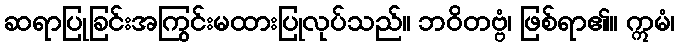
ဆရာပြုခြင်းအကြွင်းမထားပြုလုပ်သည်။ ဘဝိတဗ္ဗံ၊ ဖြစ်ရာ၏။ ဣမံ၊